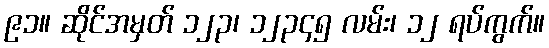
၉၁။ ဆိုင်အမှတ် ၁၂၃၊ ၁၂၃၄၅ လမ်း၊ ၁၂ ရပ်ကွက်။